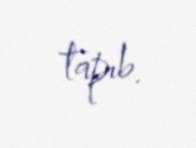
tapıb.